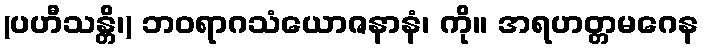
(ပဟီသန္တိ၊) ဘဝရာဂသံယောဇနာနံ၊ ကို။ အရဟတ္တမဂေန